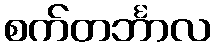
စက်တင်္ဘာလ